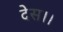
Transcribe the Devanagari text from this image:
देस।।